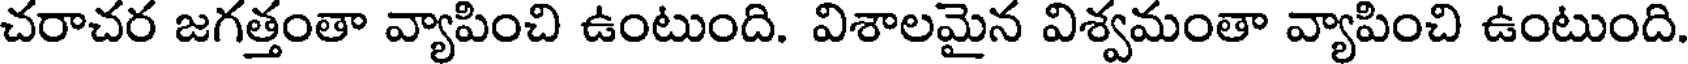
చరాచర జగత్తంతా వ్యాపించి ఉంటుంది. విశాలమైన విశ్వమంతా వ్యాపించి ఉంటుంది.